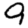
Digit: 9